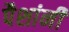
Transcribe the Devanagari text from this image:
पैशांनी